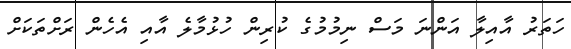
ހަތަރު އާއިލާ އަންނަ މަސް ނިމުމުގެ ކުރިން ހުޅުމާލެ އާއި އެހެން ރަށްތަކަށް